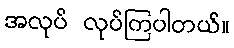
အလုပ် လုပ်ကြပါတယ်။